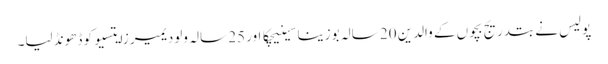
پولیس نے بتدریج بچوں کے والدین 20 سالہ بوزینا سینیچکا اور 25 سالہ ولودیمیر زایتسیو کو ڈھونڈ لیا۔